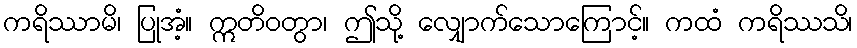
ကရိဿာမိ၊ ပြုအံ့။ ဣတိဝတွာ၊ ဤသို့ လျှောက်သောကြောင့်။ ကထံ ကရိဿသိ၊